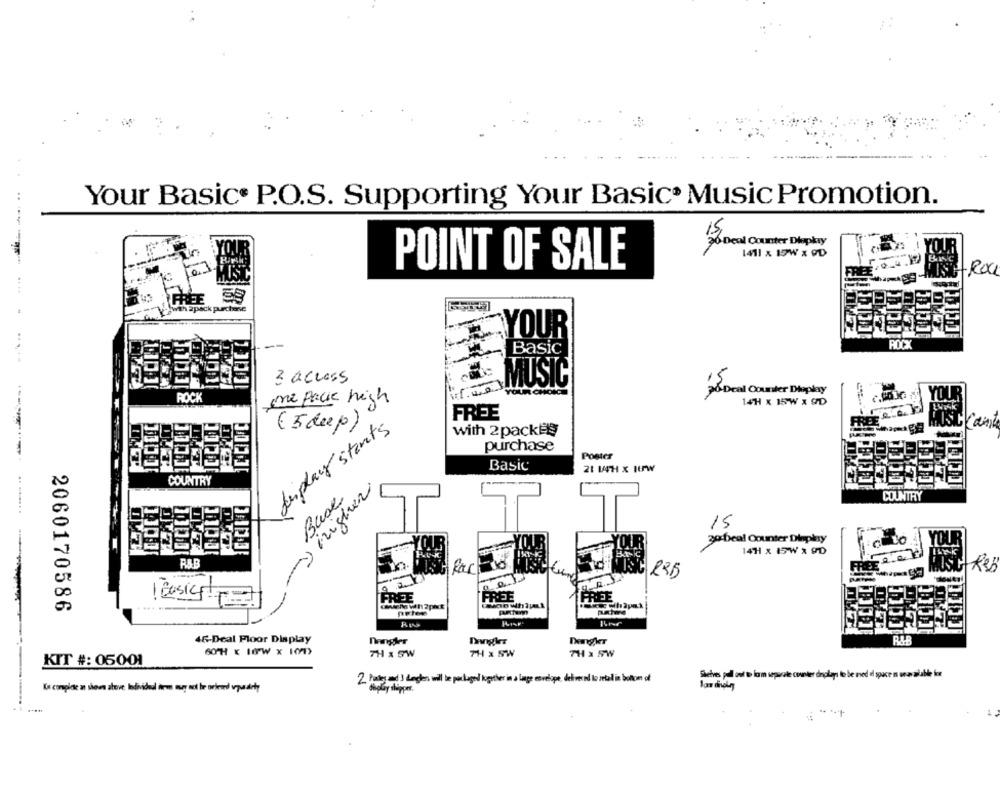
Your Basic® P.O.S. Supporting Your Basic® Music Promotion.
1Local Counter Diepky
1411 x 15W x OD
POINT OF SALE
-Roa
....
YOUR
-Basic
3 access
MUSIC
26 Deal Counter Dieplay
ROCK
me pacie high
14H x 15W x SD
FREE
display starts
(5deep)
Cant
with 2packEs
purchase
Pomer
Basic
21 5H x IUW
COUNTRY
-higher
Buse
COUNTRY
15
30:beal Oounter Dinplay
14H x 15W x 9D
R35
-
FREE
FREE
FREE
2060170586
46-Deal Floor Display
Dengler
Dangles
Dengkr
7H x SW
7H x SW
7H x 5W
KIT #: 05001
2. Partey and 3 Legen will be packagel together in a lange envelope, deliver ed to retail in bottom of
Shelves pal out t lam separate counter dinplays le be med al space n unan alable for
display slipper.